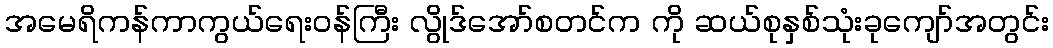
အမေရိကန်ကာကွယ်ရေးဝန်ကြီး လွိုဒ်အော်စတင်က ကို ဆယ်စုနှစ်သုံးခုကျော်အတွင်း